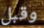
وقبل